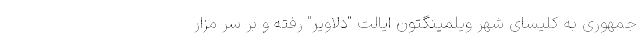
جمهوری به کلیسای شهر ویلمینگتون ایالت "دلاوِیر" رفته و بر سر مزار